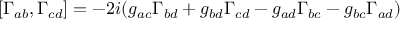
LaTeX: [ \Gamma _ { a b } , \Gamma _ { c d } ] = - 2 i ( g _ { a c } \Gamma _ { b d } + g _ { b d } \Gamma _ { c d } - g _ { a d } \Gamma _ { b c } - g _ { b c } \Gamma _ { a d } )